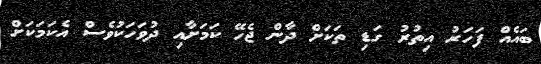
ބައެއް ފަހަރު އިތުރު ގަޑި ތަކަށް ދާން ޖެހޭ ކަމަށާއި ދުވަހަކުވެސް އެކަމަކަށް